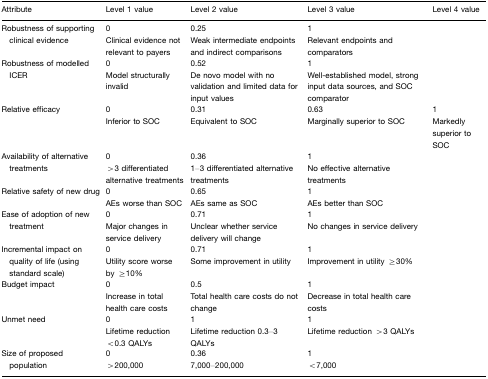
| Attribute | Level 1 value | Level 2 value | Level 3 value | Level 4 value |
 | --- | --- | --- | --- | --- |
 | Robustness of supporting clinical evidence | 0Clinical evidence not relevant to payers | 0.25Weak intermediate endpoints and indirect comparisons | 1Relevant endpoints and comparators |  |
 | Robustness of modelled ICER | 0Model structurally invalid | 0.52De novo model with no validation and limited data for input values | 1Well-established model, strong input data sources, and SOC comparator |  |
 | Relative efficacy | 0Inferior to SOC | 0.31Equivalent to SOC | 0.63Marginally superior to SOC | 1Markedly superior to SOC |
 | Availability of alternative treatments | 0>3 differentiated alternative treatments | 0.361–3 differentiated alternative treatments | 1No effective alternative treatments |  |
 | Relative safety of new drug | 0AEs worse than SOC | 0.65AEs same as SOC | 1AEs better than SOC |  |
 | Ease of adoption of new treatment | 0Major changes in service delivery | 0.71Unclear whether service delivery will change | 1No changes in service delivery |  |
 | Incremental impact on quality of life (using standard scale) | 0Utility score worse by ≥10% | 0.71Some improvement in utility | 1Improvement in utility ≥30% |  |
 | Budget impact | 0Increase in total health care costs | 0.5Total health care costs do not change | 1Decrease in total health care costs |  |
 | Unmet need | 0Lifetime reduction <0.3 QALYs | 1Lifetime reduction 0.3–3 QALYs | 1Lifetime reduction >3 QALYs |  |
 | Size of proposed population | 0>200,000 | 0.367,000–200,000 | 1<7,000 |  |